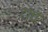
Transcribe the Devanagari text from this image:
टाच